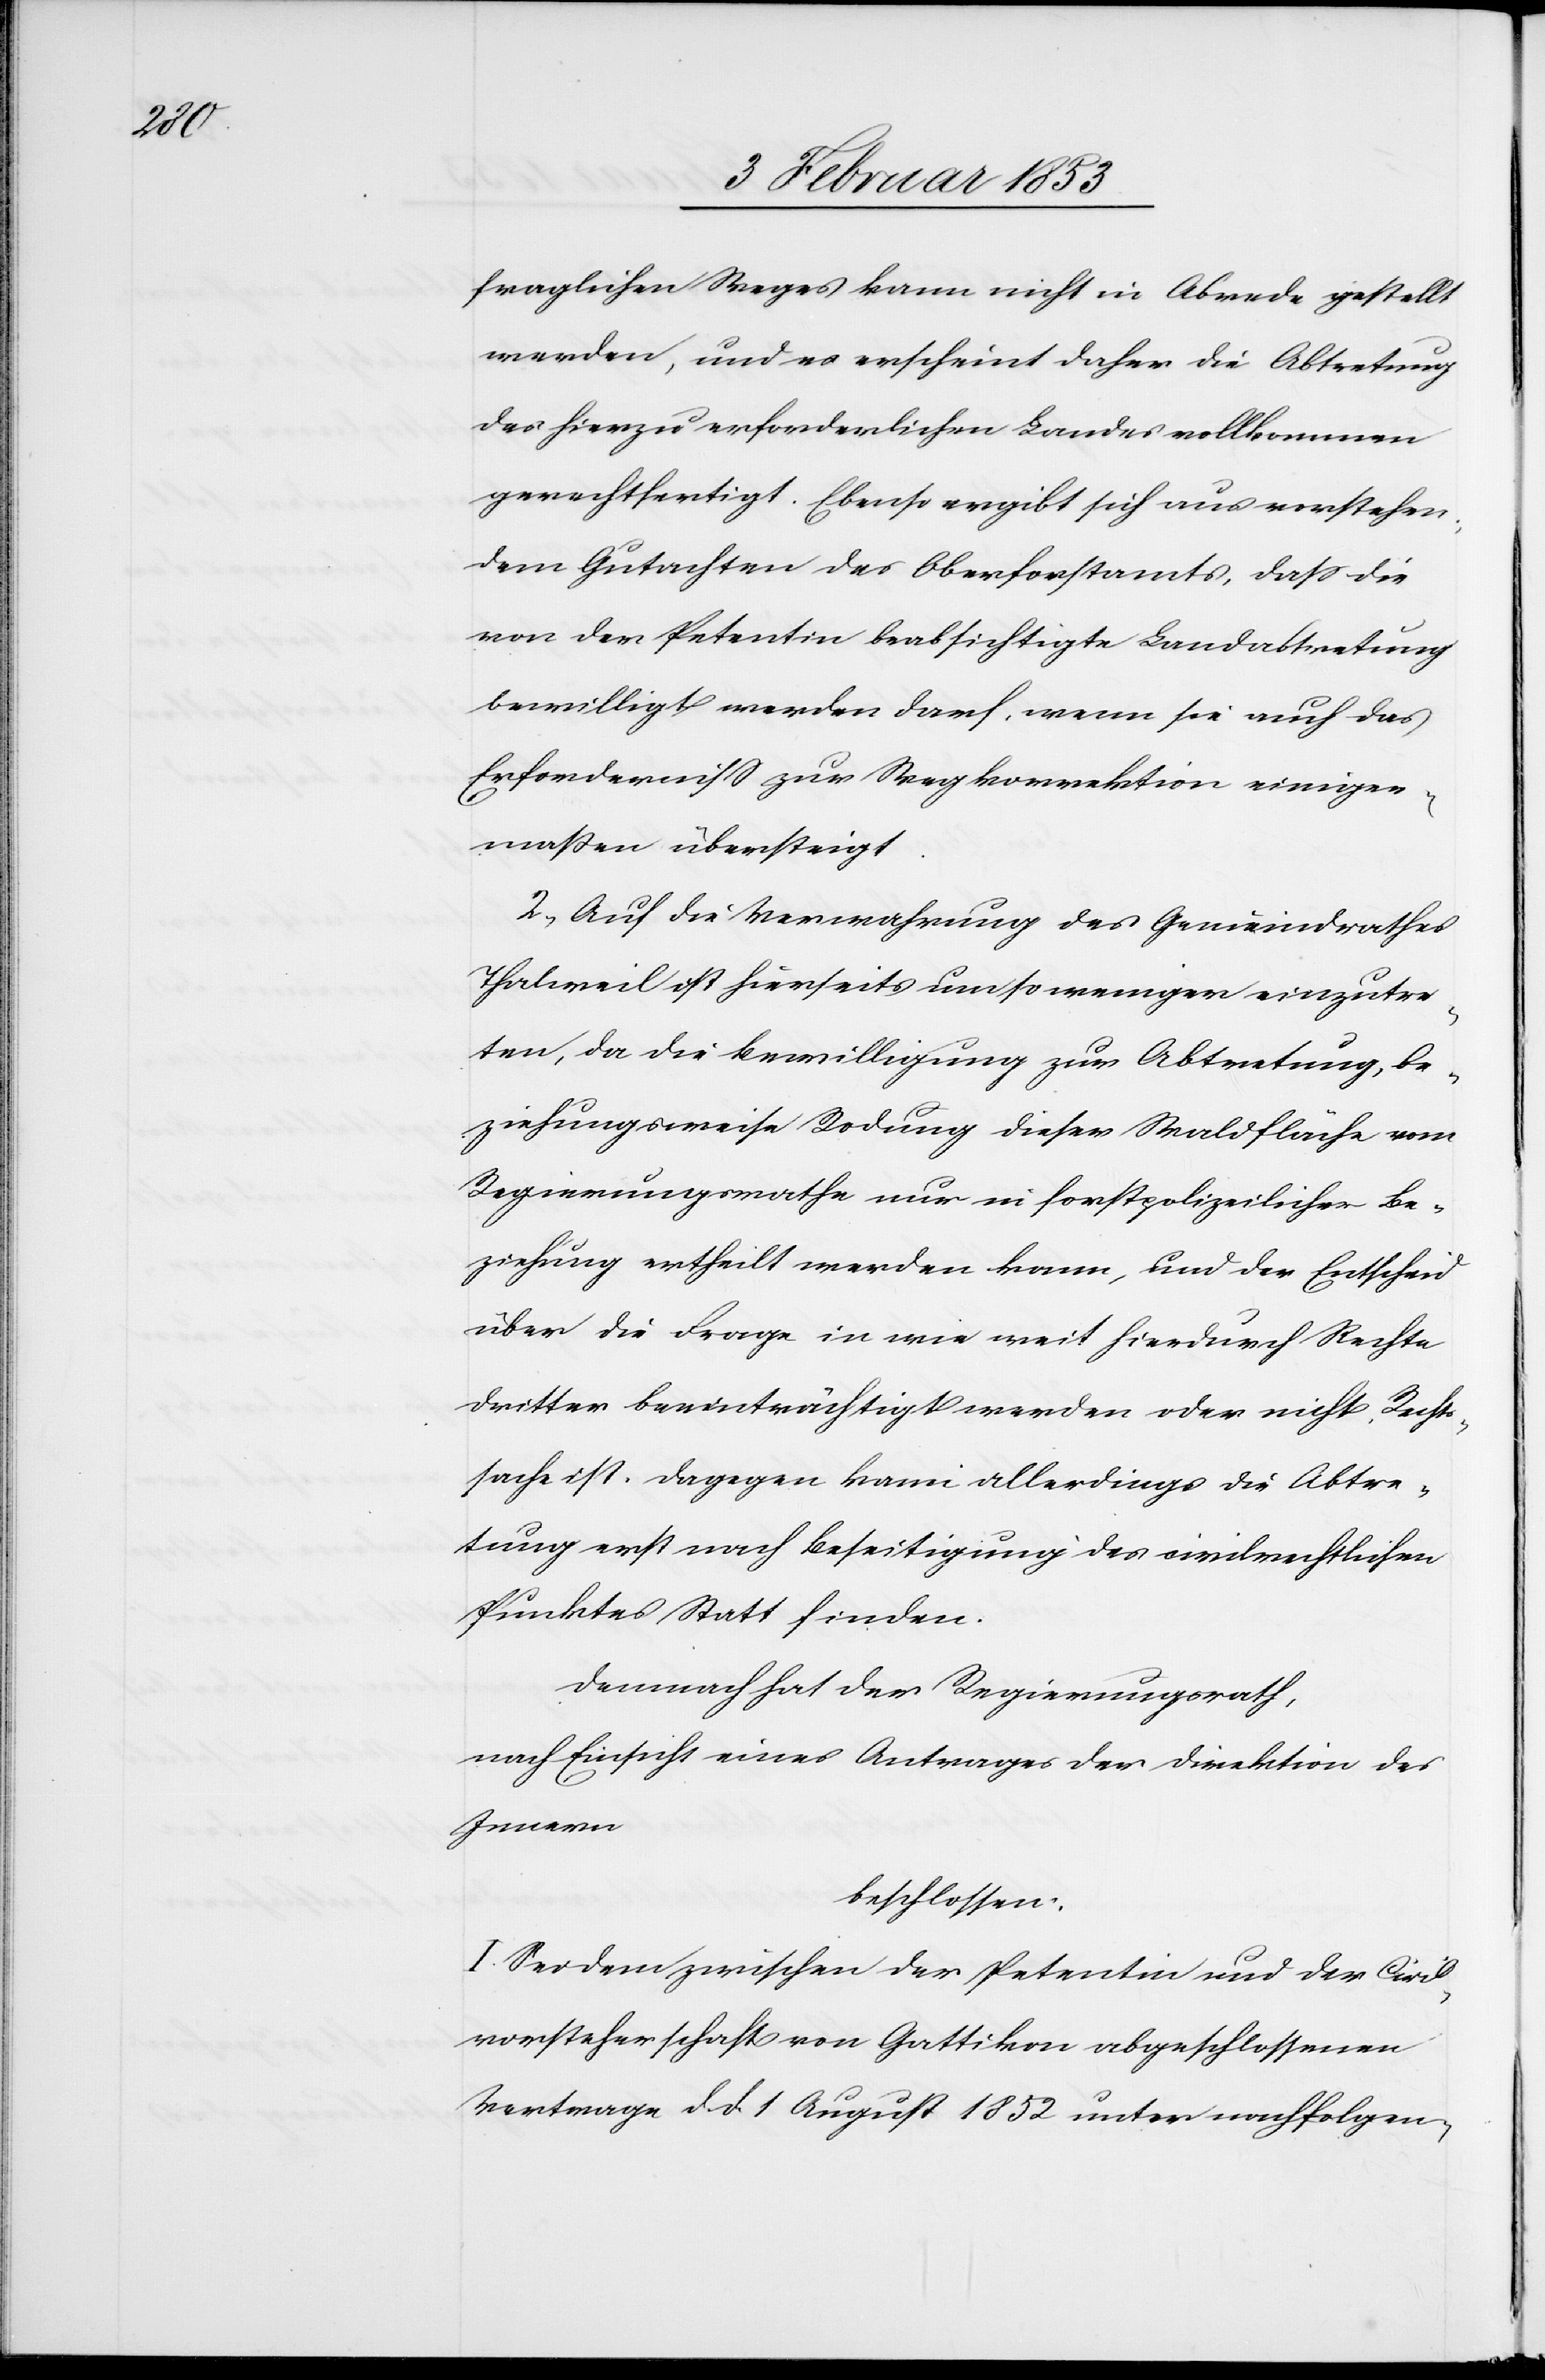
fraglichen Weges kann nicht in Abrede gestellt
werden, und es erscheint daher die Abtretung
des hierzu erforderlichen Landes vollkommen
gerechtfertigt. Ebenso ergibt sich aus vorstehen¬
dem Gutachten des Oberforstamtes, daß die
von der Petentin beabsichtigte Landabtretung
bewilligt werden darf, wenn sie auch das
Erforderniß zur Wegkorrektion einiger¬
maßen übersteigt.
2, Auf die Verwahrung des Gemeindrathes
Thalweil ist hierseits umso weniger einzutre¬
ten, da die Bewilligung zur Abtretung, be¬
ziehungsweise Rodung dieser Waldfläche vom
Regierungsrathe nur in forstpolizeilicher Be¬
ziehung ertheilt werden kann, und der Entscheid
über die Frage in wie weit hierdurch Rechte
dritter beeinträchtigt werden oder nicht Rechts¬
sache ist. Dagegen kann allerdings die Abtre¬
tung erst nach Beseitigung des civilrechtlichen
Punktes Statt finden.
Demnach hat der Regierungsrath,
nach Einsicht eines Antrages der Direktion des
Innern
beschlossen:
I. Sei dem zwischen der Petentin und der Civil¬
vorsteherschaft von Gattikon abgeschlossenen
Vertrage d. d. 1 August 1852 unter nachfolgen-